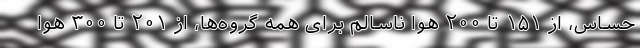
حساس، از ۱۵۱ تا ۲۰۰ هوا ناسالم برای همه گروه‌ها، از ۲۰۱ تا ۳۰۰ هوا